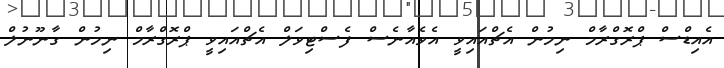
އެއިޑްސް ޕްރޮގްރާމް ނިމުން އެޗްއައިވީ އެވެއާނެސް ފެސްޓިވަލް އެޗްއައިވީ ޕްރޮގްރާމް ނިމުން ގާނޫނުލް